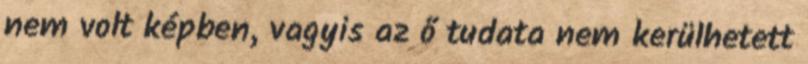
nem volt képben, vagyis az ő tudata nem kerülhetett